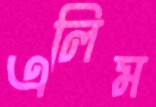
এলিম